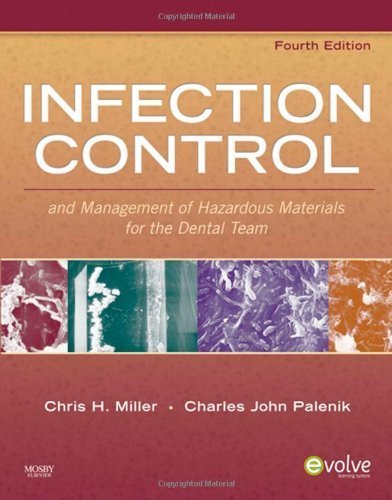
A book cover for By Chris H. Miller BA MS PhD, Charles John Palenik MS PhD MBA: Infection Control and Management of Hazardous Materials for the Dental Team (INFECTION CONTROL & MGT/ HAZARDOUS MAT/ DENTAL TEAM ( MILLER)) Fourth (4th) Edition; -Mosby-; Medical Books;